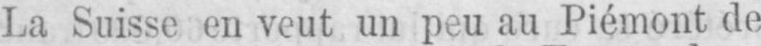
La Suisse en veut un peu au Piémont de